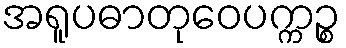
အရူပဓာတုဝေပက္ကဉ္စ